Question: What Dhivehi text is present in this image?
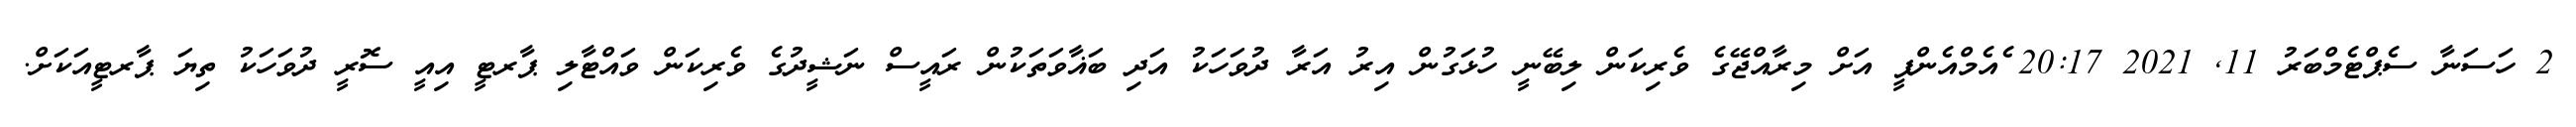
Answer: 2 ހަސަނާ ސެޕްޓެމްބަރު 11, 2021 20:17 ެއެމްއެންޕީ އަށް މިރާއްޖޭގެ ވެރިކަން ލިބޭނީ ހުޅަގުން އިރު އަރާ ދުވަހަކު އަދި ބަޣާވަތަކުން ރައީސް ނަޝީދުގެ ވެރިކަން ވައްޓާލި ޕާރޓީ އިއީ ސޮރީ ދުވަހަކު ތިޔަ ޕާރޓީއަކަށް.